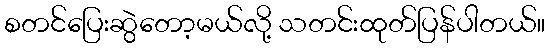
စတင်ပြေးဆွဲတော့မယ်လို့ သတင်းထုတ်ပြန်ပါတယ်။